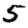
Digit: 5